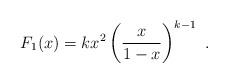
LaTeX: \begin{align*}F_1(x)=k x^2 \left ( \frac{x}{1-x}\right )^{k-1}\ .\end{align*}